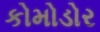
કોમોડોર